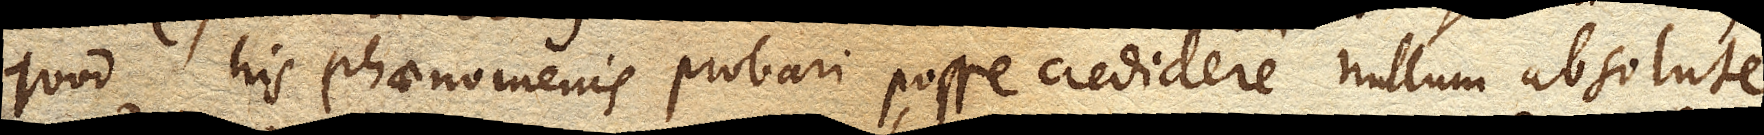
quod his phaenomenis probari posse credidere nullum absolute